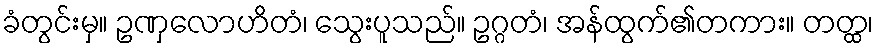
ခံတွင်းမှ။ ဥဏှလောဟိတံ၊ သွေးပူသည်။ ဥဂ္ဂတံ၊ အန်ထွက်၏တကား။ တတ္ထ၊